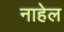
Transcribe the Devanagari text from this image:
नाहेल